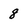
Character: 8